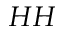
H H